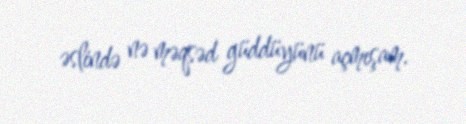
əslində nə məqsəd güddüyünü açmışam.